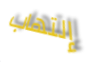
إلتهاب